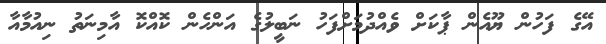
އޭގެ ފަހުން ޔޫއެން ޕާކަށް ވެއްދުމަށްފަހު ނަބީލުގެ އަންހެން ކޮއްކޮ އާމިނަތު ނިއުމާއާ